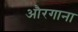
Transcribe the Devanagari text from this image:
औरगाना